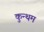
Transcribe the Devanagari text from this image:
कुन्थम